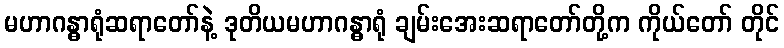
မဟာဂန္ဓာရုံဆရာတော်နဲ့ ဒုတိယမဟာဂန္ဓာရုံ ချမ်းအေးဆရာတော်တို့က ကိုယ်တော် တိုင်